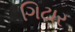
ગિટાર